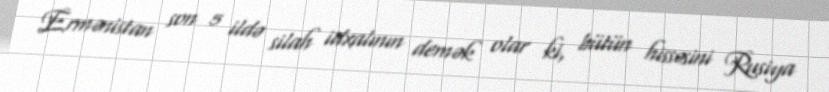
Ermənistan son 5 ildə silah idxalının demək olar ki, bütün hissəsini Rusiya